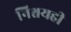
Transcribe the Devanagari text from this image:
निश्चयही